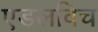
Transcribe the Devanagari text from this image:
एडलविच